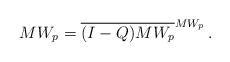
LaTeX: \begin{align*}MW_p=\overline{(I-Q)MW_p}^{MW_p} \, .\end{align*}